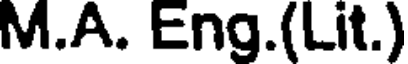
M.A. Eng.(Lit.)